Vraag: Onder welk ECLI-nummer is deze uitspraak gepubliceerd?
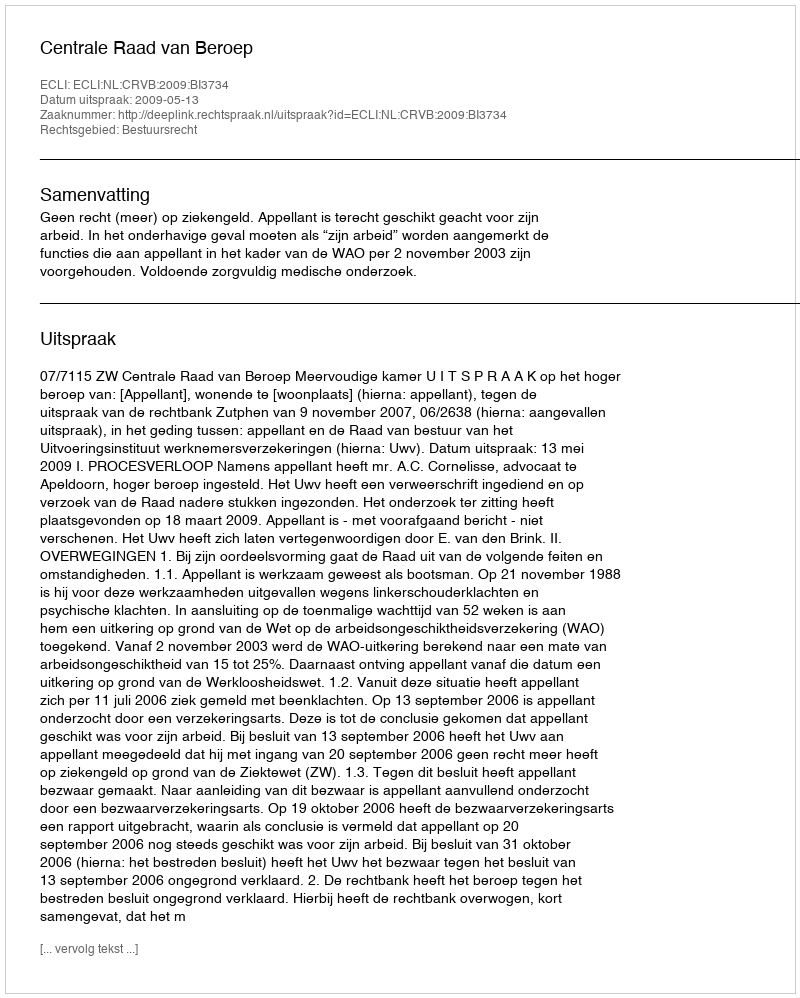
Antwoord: ECLI:NL:CRVB:2009:BI3734